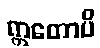
ဣတောပိ